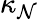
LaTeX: \kappa_{\mathcal{N}}